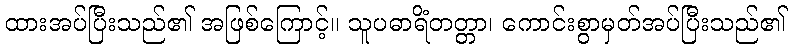
ထားအပ်ပြီးသည်၏ အဖြစ်ကြောင့်။ သူပဓာရိံတတ္တာ၊ ကောင်းစွာမှတ်အပ်ပြီးသည်၏